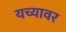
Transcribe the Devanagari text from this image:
यच्यावर